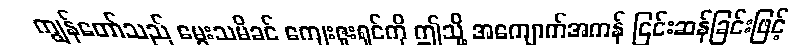
ကျွန်တော်သည် မွေးသမိခင် ကျေးဇူးရှင်ကို ဤသို့ အကျောက်အကန် ငြင်းဆန်ခြင်းဖြင့်